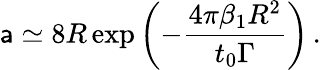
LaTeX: {\sf a}\simeq 8R\exp\left(-\frac{4\pi\beta_{1}R^{2}}{t_{0}\Gamma}\right)\, .